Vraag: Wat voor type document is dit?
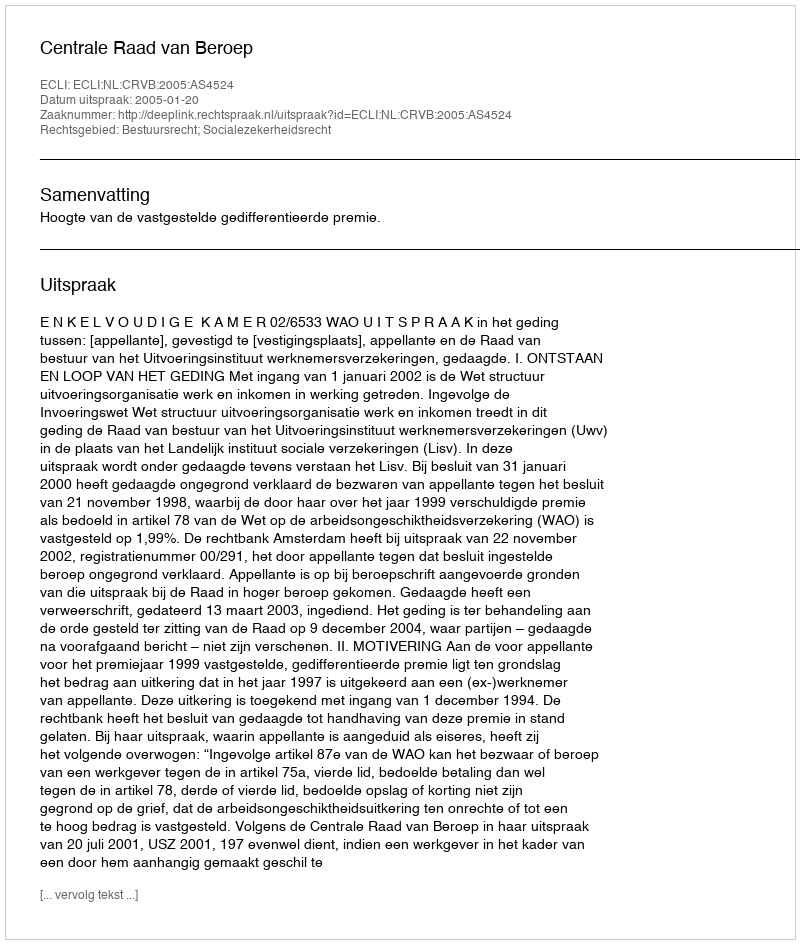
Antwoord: Uitspraak